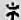
*